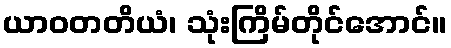
ယာဝတတိယံ၊ သုံးကြိမ်တိုင်အောင်။